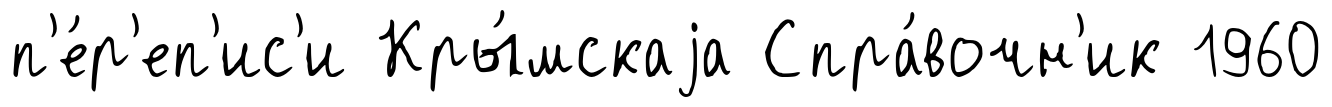
п'е́р'еп'ис'и Кры́мскаjа Спра́вочн'ик 1960